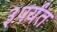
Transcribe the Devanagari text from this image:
३पर्यंत